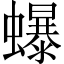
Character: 𧔙